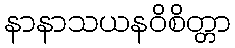
နာနာသယနဝိစိတ္တာ